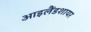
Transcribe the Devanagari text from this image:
आइलैंडशायर